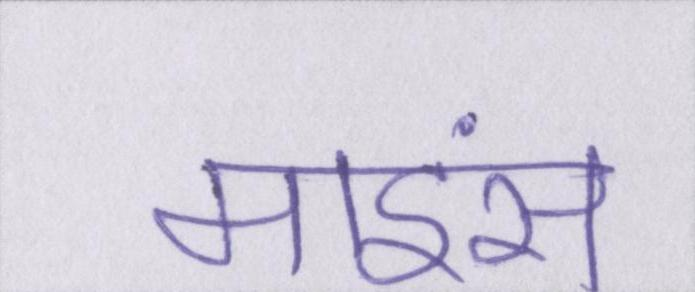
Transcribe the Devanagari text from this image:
माइंस